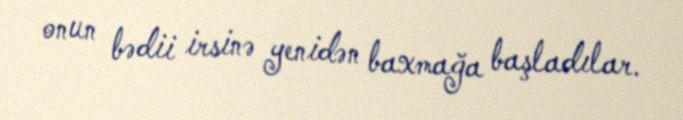
onun bədii irsinə yenidən baxmağa başladılar.